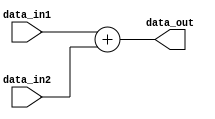
module Adder #(
    parameter DATA_LEN = 32
) (
    input  wire [DATA_LEN - 1 : 0] data_in1, data_in2,
    output wire [DATA_LEN - 1 : 0] data_out
);

    assign data_out = data_in1 + data_in2;
    
endmodule